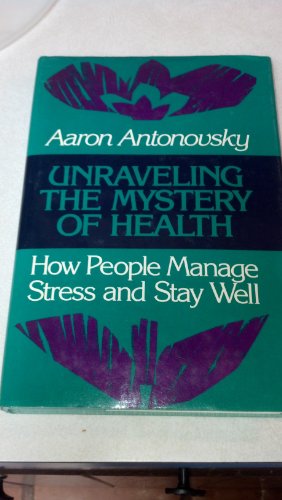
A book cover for Unraveling the Mystery of Health: How People Manage Stress and Stay Well (Jossey Bass Social and Behavioral Science Series); Aaron Antonovsky; Health, Fitness & Dieting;